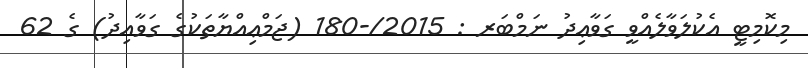
މިކޮމިޓީ އެކުލަވާލެއްވީ ގަވާޢިދު ނަމްބަރ : 2015/-180 (ޖަމްޢިއްޔާތަކުގެ ގަވާއިދު) ގެ 62